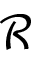
\mathcal { R }